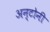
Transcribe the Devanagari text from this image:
अन्टोनी